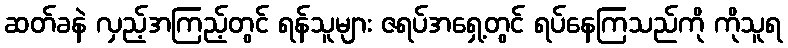
ဆတ်ခနဲ လှည့်အကြည့်တွင် ရန်သူများ ဇရပ်အရှေ့တွင် ရပ်နေကြသည်ကို ကိုသူရ